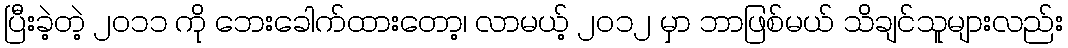
ပြီးခဲ့တဲ့ ၂ဝ၁၁ ကို ဘေးခေါက်ထားတော့၊ လာမယ့် ၂ဝ၁၂ မှာ ဘာဖြစ်မယ် သိချင်သူများလည်း